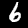
Label: 6